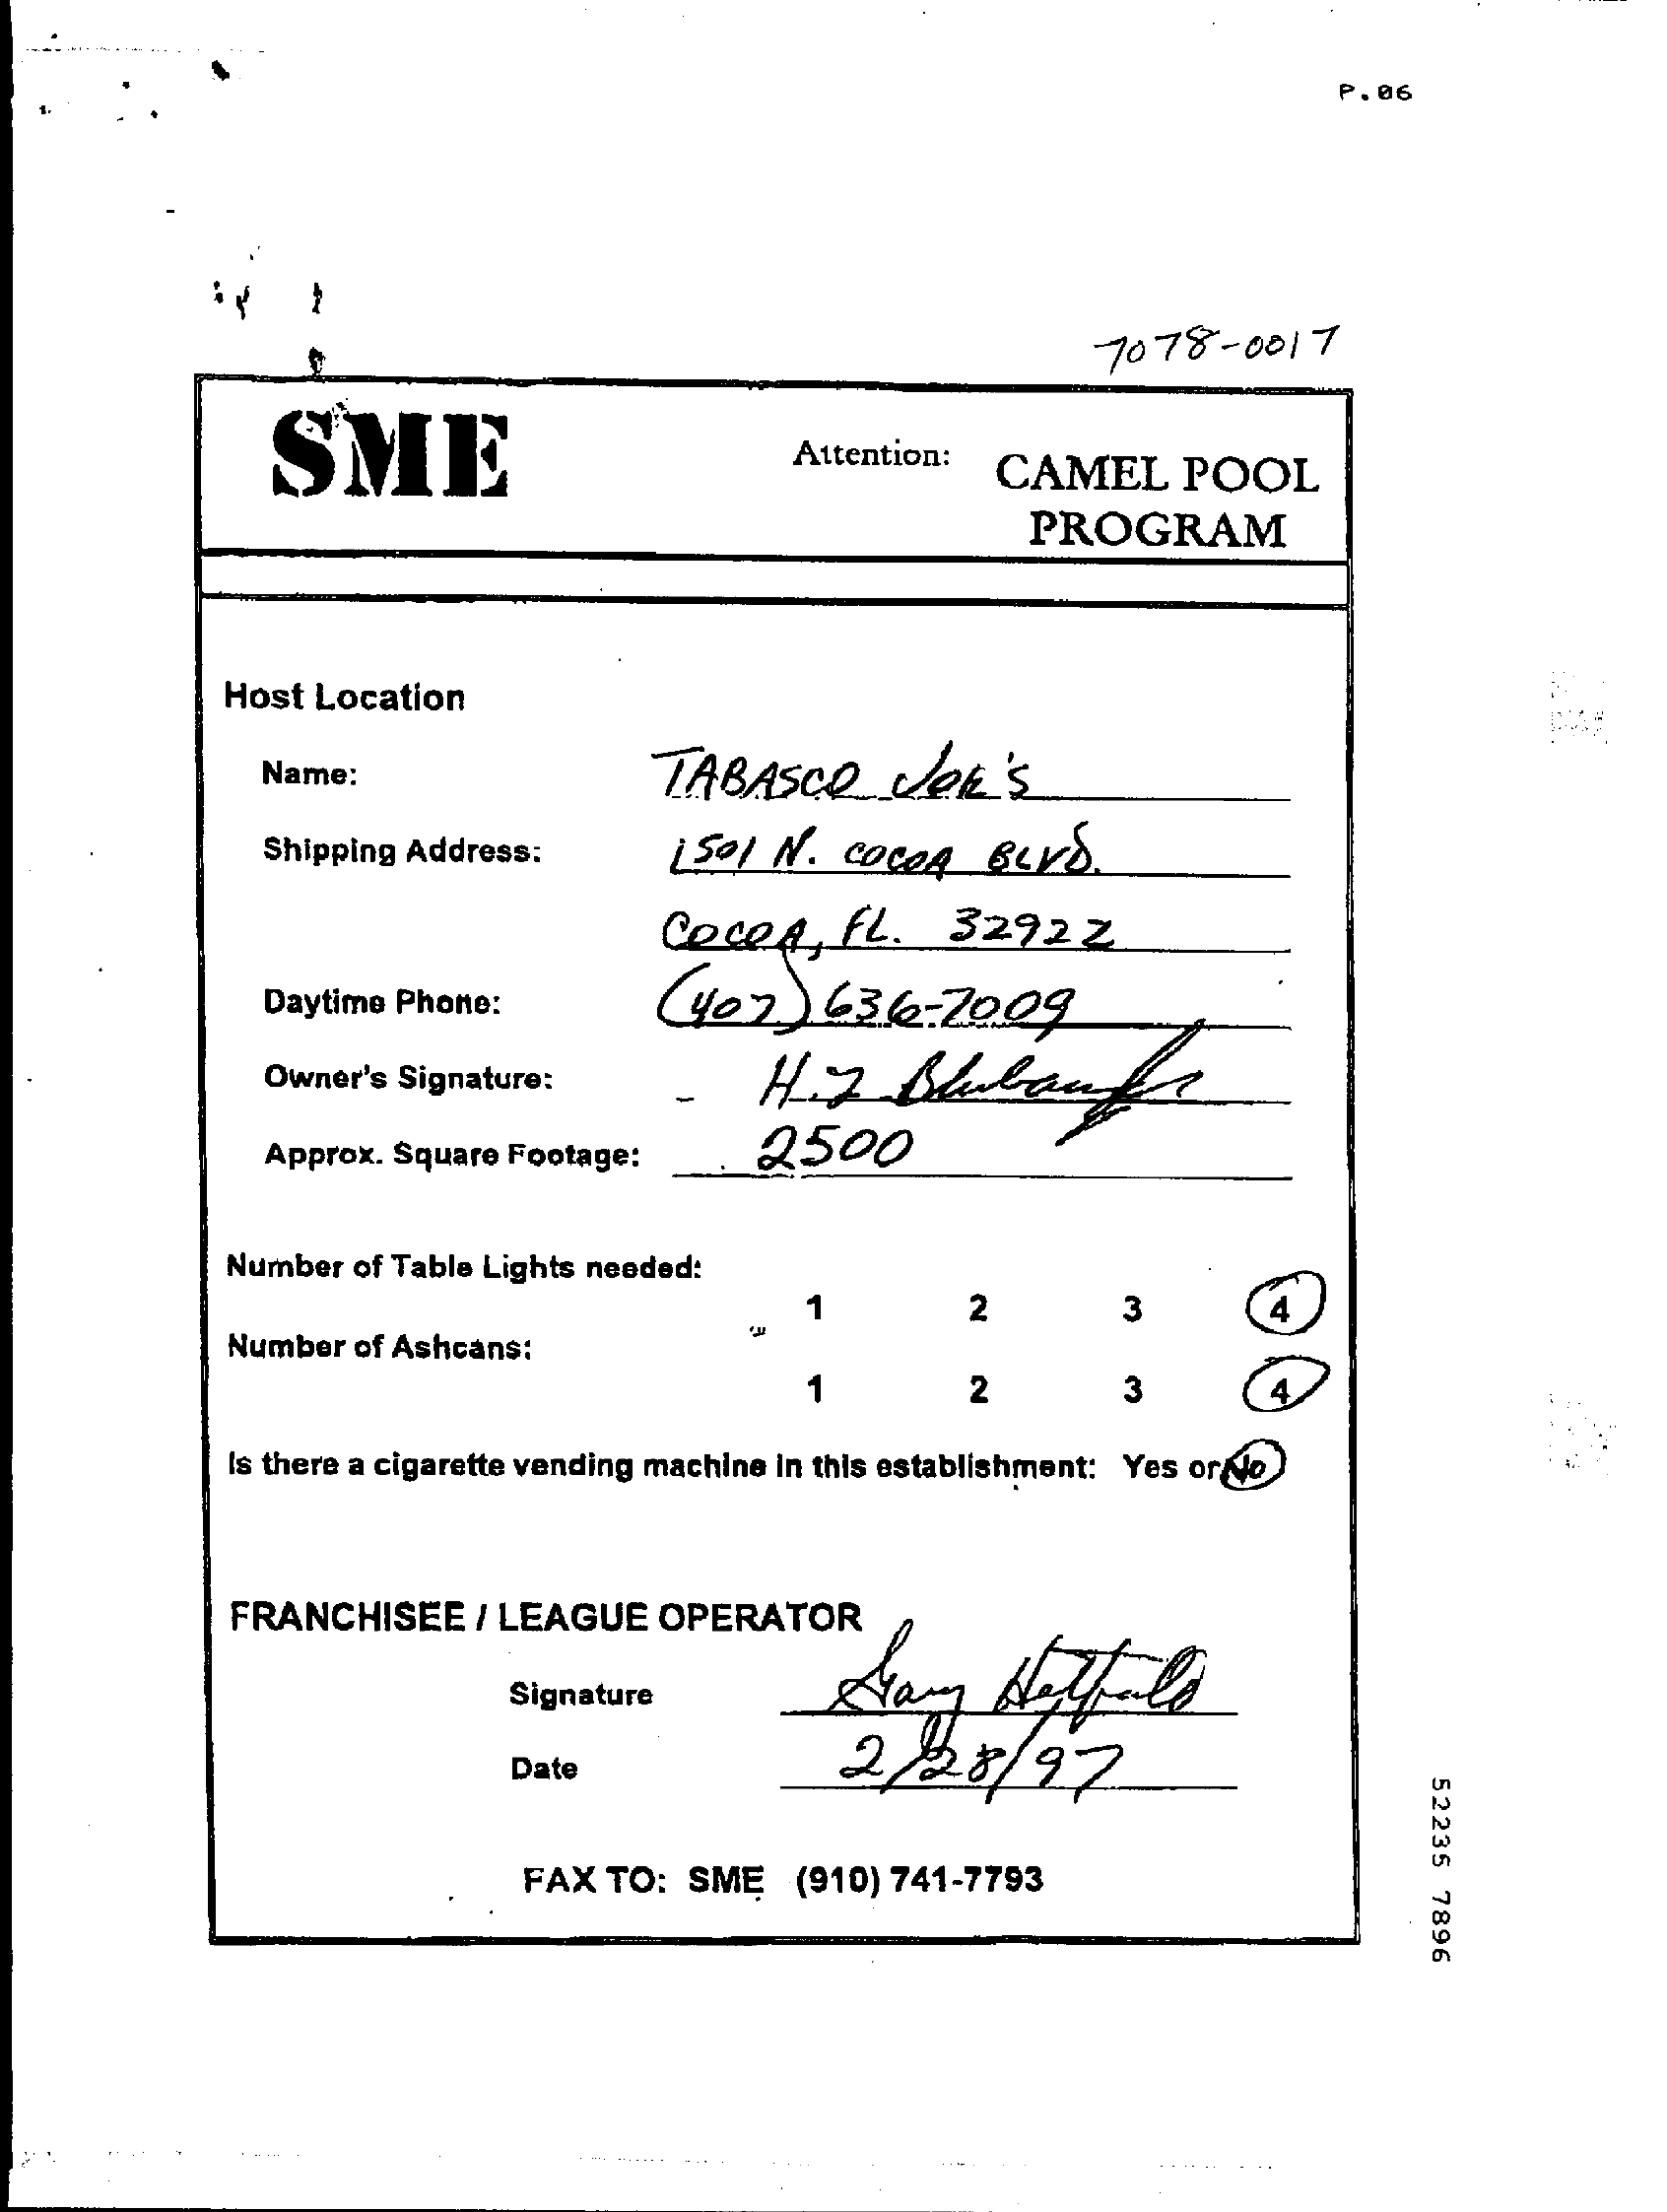
P. 06
     7078-0017
     SME    Attention:
     CAMEL    POOL
     PROGRAM
     Host Location
     Name:    TABASCO    JOE'S
     Shipping Address:    150 1 N. COCOA   BLVD.
     Cocer,    FL.  32922
     Daytime Phone:    ( 407  ) 636-2009
     Owner's Signature:
     Approx. Square Footage:    2500
     Number of Table Lights needed:
     2    3
     Number of Ashcans:
     1    2    3
     Is there a cigarette vending machine in this establishment: Yes or No
     FRANCHISEE   / LEAGUE   OPERATOR
     Signature
     2/28/97 Date
     52235
     7896
     FAX  TO: SMĘ   (910) 741-7793